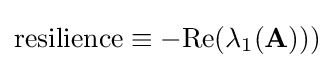
{\text{resilience}}\equiv -{\text{Re}}(\lambda _{1}({\textbf {A}})))